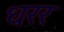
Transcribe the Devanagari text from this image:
धरर